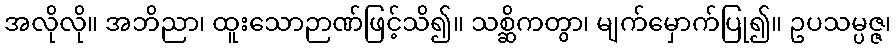
အလိုလို။ အဘိညာ၊ ထူးသောဉာဏ်ဖြင့်သိ၍။ သစ္ဆိကတွာ၊ မျက်မှောက်ပြု၍။ ဥပသမ္ပဇ္ဇ၊